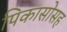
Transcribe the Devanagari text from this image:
पिकासोसह